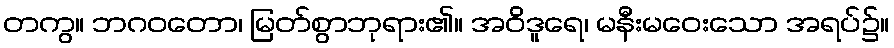
တကွ။ ဘဂဝတော၊ မြတ်စွာဘုရား၏။ အဝိဒူရေ၊ မနီးမဝေးသော အရပ်၌။